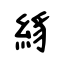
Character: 絼